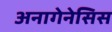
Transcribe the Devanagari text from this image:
अनागेनेसिस